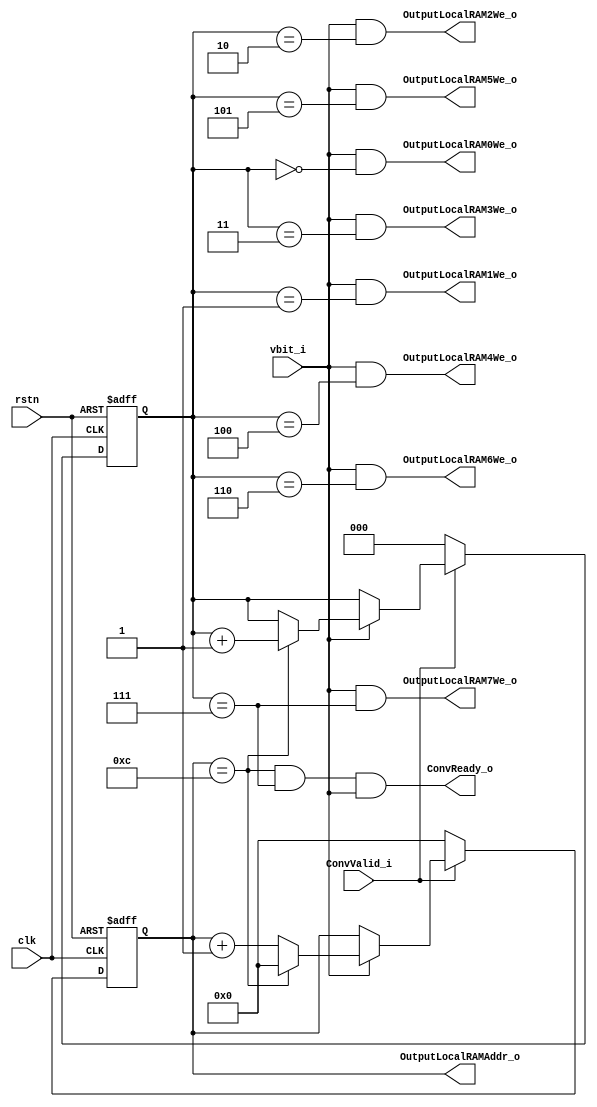
module L2ConvOutCtrl (
    input   wire            clk,
    input   wire            rstn,

    input   wire            ConvValid_i,
    input   wire            vbit_i,

    output  wire    [3:0]   OutputLocalRAMAddr_o,
    output  wire            OutputLocalRAM0We_o,  
    output  wire            OutputLocalRAM1We_o,  
    output  wire            OutputLocalRAM2We_o,  
    output  wire            OutputLocalRAM3We_o,  
    output  wire            OutputLocalRAM4We_o,  
    output  wire            OutputLocalRAM5We_o,  
    output  wire            OutputLocalRAM6We_o,  
    output  wire            OutputLocalRAM7We_o,  
    output  wire            ConvReady_o
);

//--------------------------------------------------
//  LOCAL RAM WRITE ADDR CONTRUL
//--------------------------------------------------

reg     [3:0]   OutAddr;
wire    [3:0]   OutAddrNxt;
wire            AddrDone;

assign  AddrDone    =   OutAddr ==  4'hc;

assign  OutAddrNxt  =   ~ConvValid_i    ?   4'h0    :   (
                        ~vbit_i         ?   OutAddr :   (
                        AddrDone        ?   4'h0    :   OutAddr + 1'b1));  

always@(posedge clk or negedge rstn) begin
    if(~rstn)
        OutAddr <=  4'b0;
    else
        OutAddr <=  OutAddrNxt;
end


//--------------------------------------------------
//  CHANNEL CNT
//--------------------------------------------------

reg     [2:0]   ChannelCnt;
wire    [2:0]   ChannelCntNxt;
wire            ChannelDone;

assign  ChannelDone    =   ChannelCnt ==  3'b111;

assign  ChannelCntNxt  =    ~ConvValid_i    ?   3'b0        :   (
                            ~vbit_i         ?   ChannelCnt  :   (
                            ~AddrDone       ?   ChannelCnt  :   ChannelCnt +   1'b1));

always@(posedge clk or negedge rstn) begin
    if(~rstn)
        ChannelCnt <=  5'b0;
    else
        ChannelCnt <=  ChannelCntNxt; 
end

//--------------------------------------------------------
//  OUTPUT 
//--------------------------------------------------------

assign ConvReady_o          =   AddrDone    &   ChannelDone &   vbit_i;
assign OutputLocalRAM0We_o  =   vbit_i      &   (ChannelCnt ==  3'h0);
assign OutputLocalRAM1We_o  =   vbit_i      &   (ChannelCnt ==  3'h1);
assign OutputLocalRAM2We_o  =   vbit_i      &   (ChannelCnt ==  3'h2);
assign OutputLocalRAM3We_o  =   vbit_i      &   (ChannelCnt ==  3'h3);
assign OutputLocalRAM4We_o  =   vbit_i      &   (ChannelCnt ==  3'h4);
assign OutputLocalRAM5We_o  =   vbit_i      &   (ChannelCnt ==  3'h5);
assign OutputLocalRAM6We_o  =   vbit_i      &   (ChannelCnt ==  3'h6);
assign OutputLocalRAM7We_o  =   vbit_i      &   (ChannelCnt ==  3'h7);
assign OutputLocalRAMAddr_o =   OutAddr;


endmodule